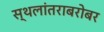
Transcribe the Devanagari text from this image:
स्थलांतराबरोबर